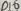
Text: D10